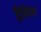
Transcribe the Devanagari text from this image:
हैविंस